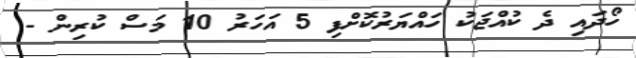
ހޯދައި ދެ ކުއްޖަކު ހައްޔަރުކޮށްފި 5 އަހަރު 10 މަސް ކުރިން -